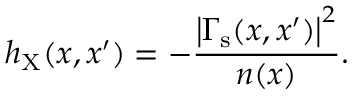
h _ { \mathrm { X } } ( x , x ^ { \prime } ) = - \frac { \left| \Gamma _ { \mathrm { s } } ( x , x ^ { \prime } ) \right| ^ { 2 } } { n ( x ) } .